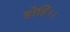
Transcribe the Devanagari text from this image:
होहिं।।